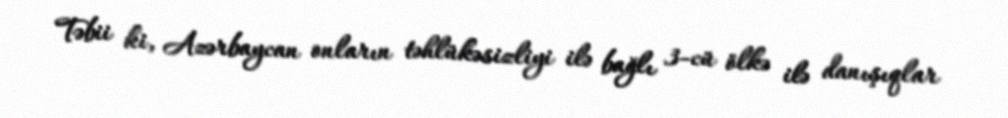
Təbii ki, Azərbaycan onların təhlükəsizliyi ilə bağlı 3-cü ölkə ilə danışıqlar